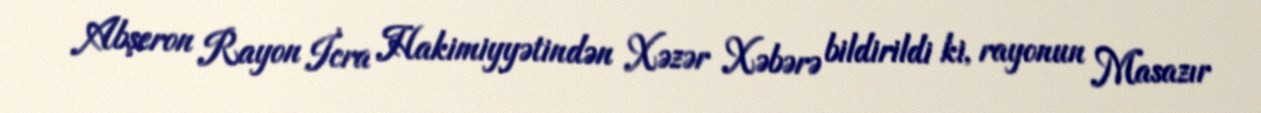
Abşeron Rayon İcra Hakimiyyətindən Xəzər Xəbərə bildirildi ki, rayonun Masazır